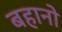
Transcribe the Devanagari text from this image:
बहानो